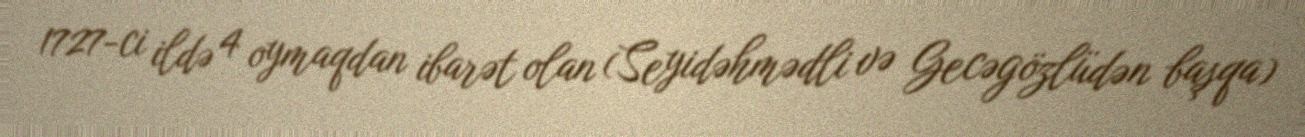
1727-ci ildə 4 oymaqdan ibarət olan (Seyidəhmədli və Gecəgözlüdən başqa)